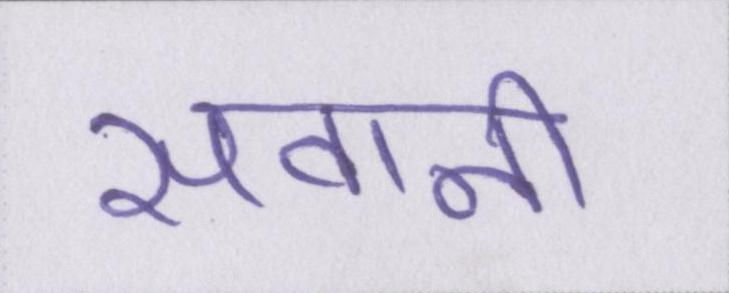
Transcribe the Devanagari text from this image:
सवानी